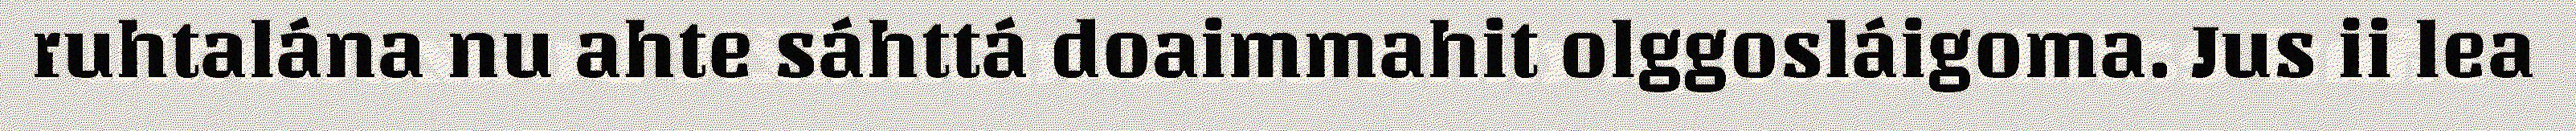
ruhtalána nu ahte sáhttá doaimmahit olggosláigoma. Jus ii lea